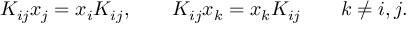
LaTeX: K _ { i j } x _ { j } = x _ { i } K _ { i j } , \qquad K _ { i j } x _ { k } = x _ { k } K _ { i j } \qquad k \ne i , j .